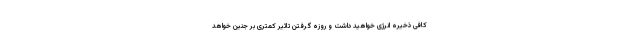
کافی ذخیره انرژی خواهید داشت و روزه گرفتن تاثیر کمتری بر جنین خواهد